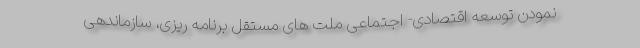
نمودن توسعه اقتصادی- اجتماعی ملت های مستقل برنامه ریزی، سازماندهی